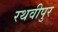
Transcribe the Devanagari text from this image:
रथवीपुर